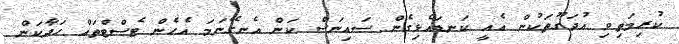
ކުރިމަތިވި އުދަގޫތަކުން އެއީ ކަނޑައެޅިގެން ސައިނަސް ކަން އެނގޭނަމަ އެހެން ޓެސްޓްތައް ހަދާކަން